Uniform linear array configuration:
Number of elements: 32
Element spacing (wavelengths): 1
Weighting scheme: hann
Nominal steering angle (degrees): -15
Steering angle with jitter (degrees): -14.186
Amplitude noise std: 0.05
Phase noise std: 0.05

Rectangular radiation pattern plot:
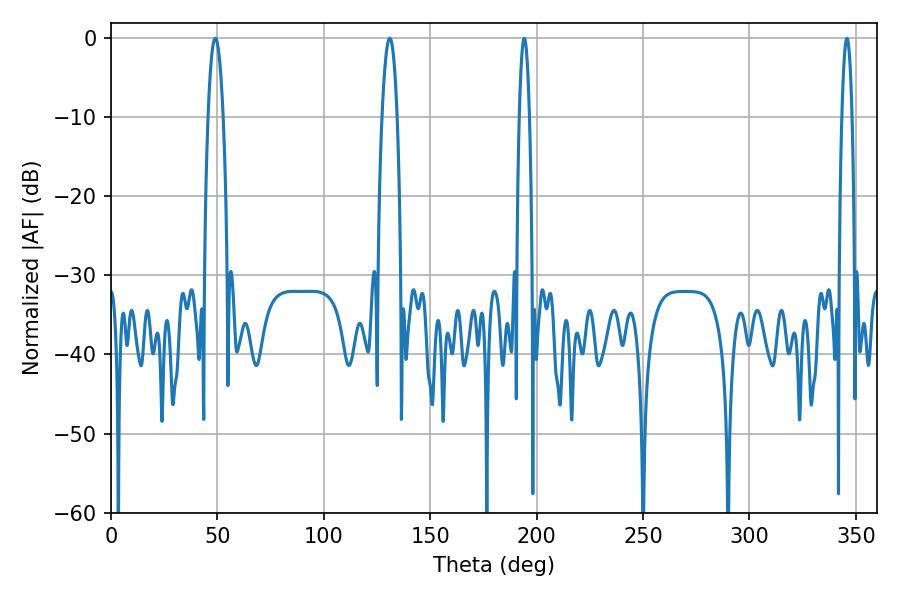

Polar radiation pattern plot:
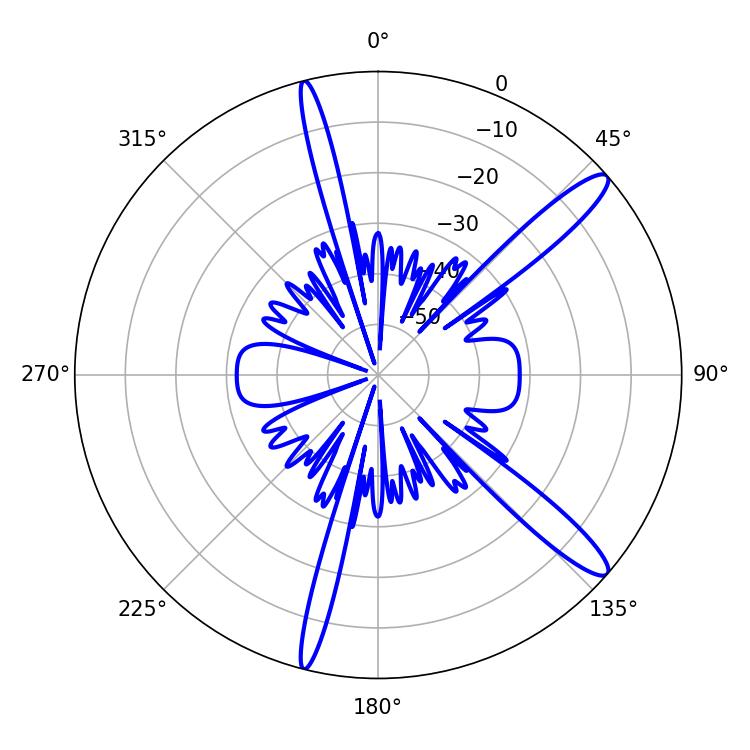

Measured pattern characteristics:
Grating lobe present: TRUE
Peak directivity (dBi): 13.589
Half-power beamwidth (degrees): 2.52
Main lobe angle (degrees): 345.78